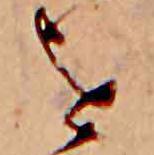
を